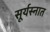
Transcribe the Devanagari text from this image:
सूर्यस्नात